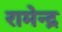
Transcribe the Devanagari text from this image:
रामेन्द्र